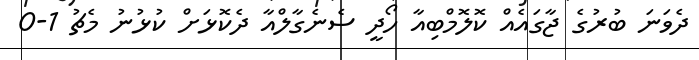
ދެވަނަ ބުރުގެ ޖާގައެއް ކޮލޮމްބިއާ ހޯދީ ސެނެގާލްއާ ދެކޮޅަށް ކުޅުނު މެޗު 1-0